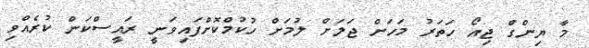
މާ ޔިންގް ޖިއޯ ހަތަރު މަހަށް ޖަލަށް ލުމަށް ހުކުމްކޮށްފައިވަނީ ރައީސްކަން ކުރެއްވި